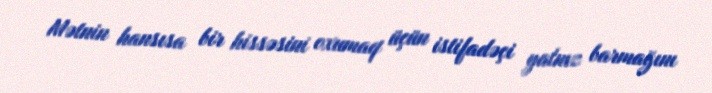
Mətnin hansısa bir hissəsini oxumaq üçün istifadəçi yalnız barmağını